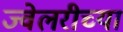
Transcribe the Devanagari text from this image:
ज्वेलरीच्या